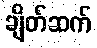
ချိတ်ဆက်